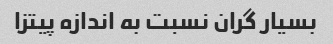
بسیار گران نسبت به اندازه پیتزا